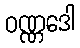
ဝဏ္ဏဒေါ